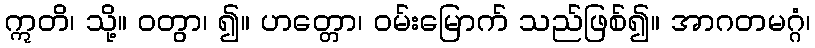
ဣတိ၊ သို့။ ဝတွာ၊ ၍။ ဟတ္တော၊ ဝမ်းမြောက် သည်ဖြစ်၍။ အာဂတမဂ္ဂံ၊